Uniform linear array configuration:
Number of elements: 48
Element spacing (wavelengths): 0.5
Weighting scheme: blackman
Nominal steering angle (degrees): -15
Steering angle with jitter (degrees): -15.897
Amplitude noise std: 0.05
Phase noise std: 0.05

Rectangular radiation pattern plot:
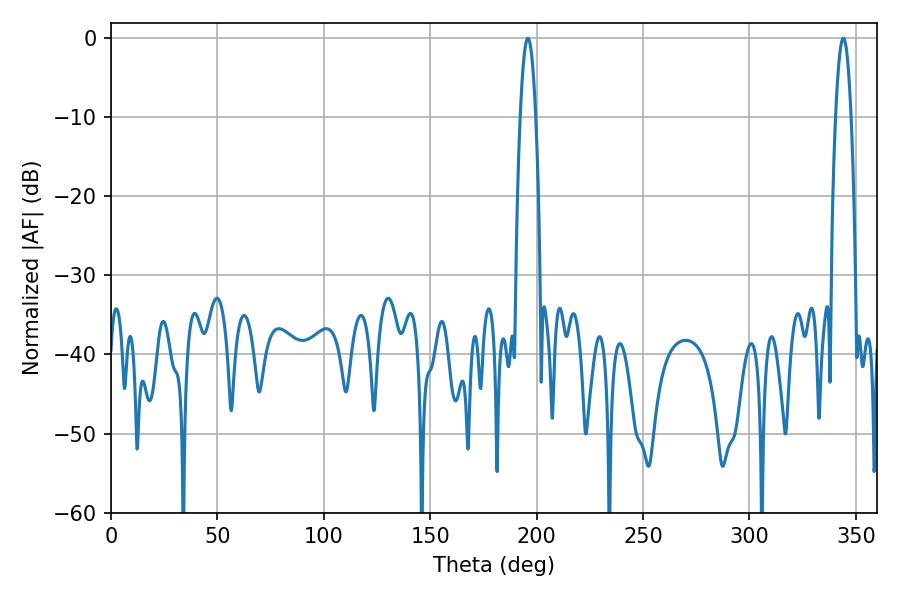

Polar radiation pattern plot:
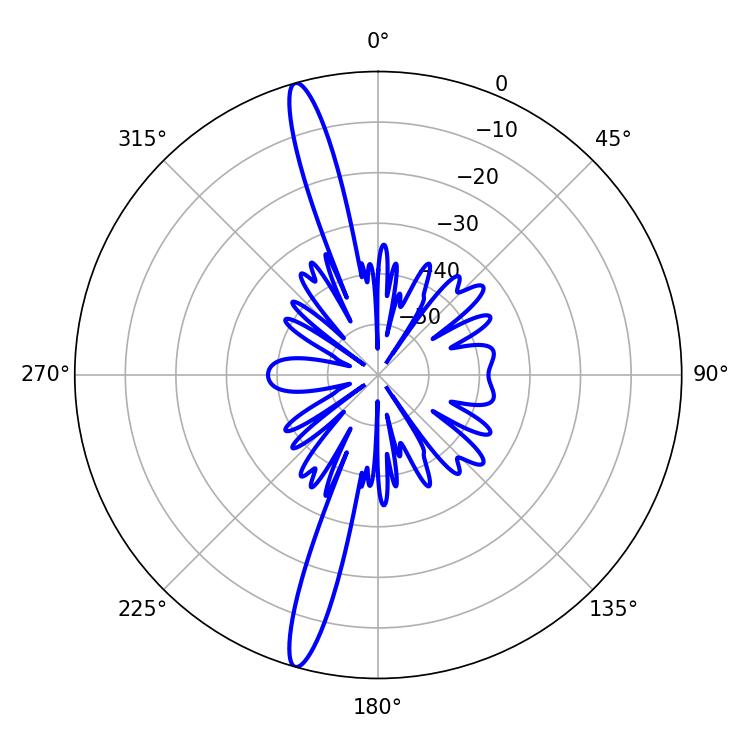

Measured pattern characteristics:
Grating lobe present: FALSE
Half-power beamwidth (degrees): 3.96
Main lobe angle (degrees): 195.84